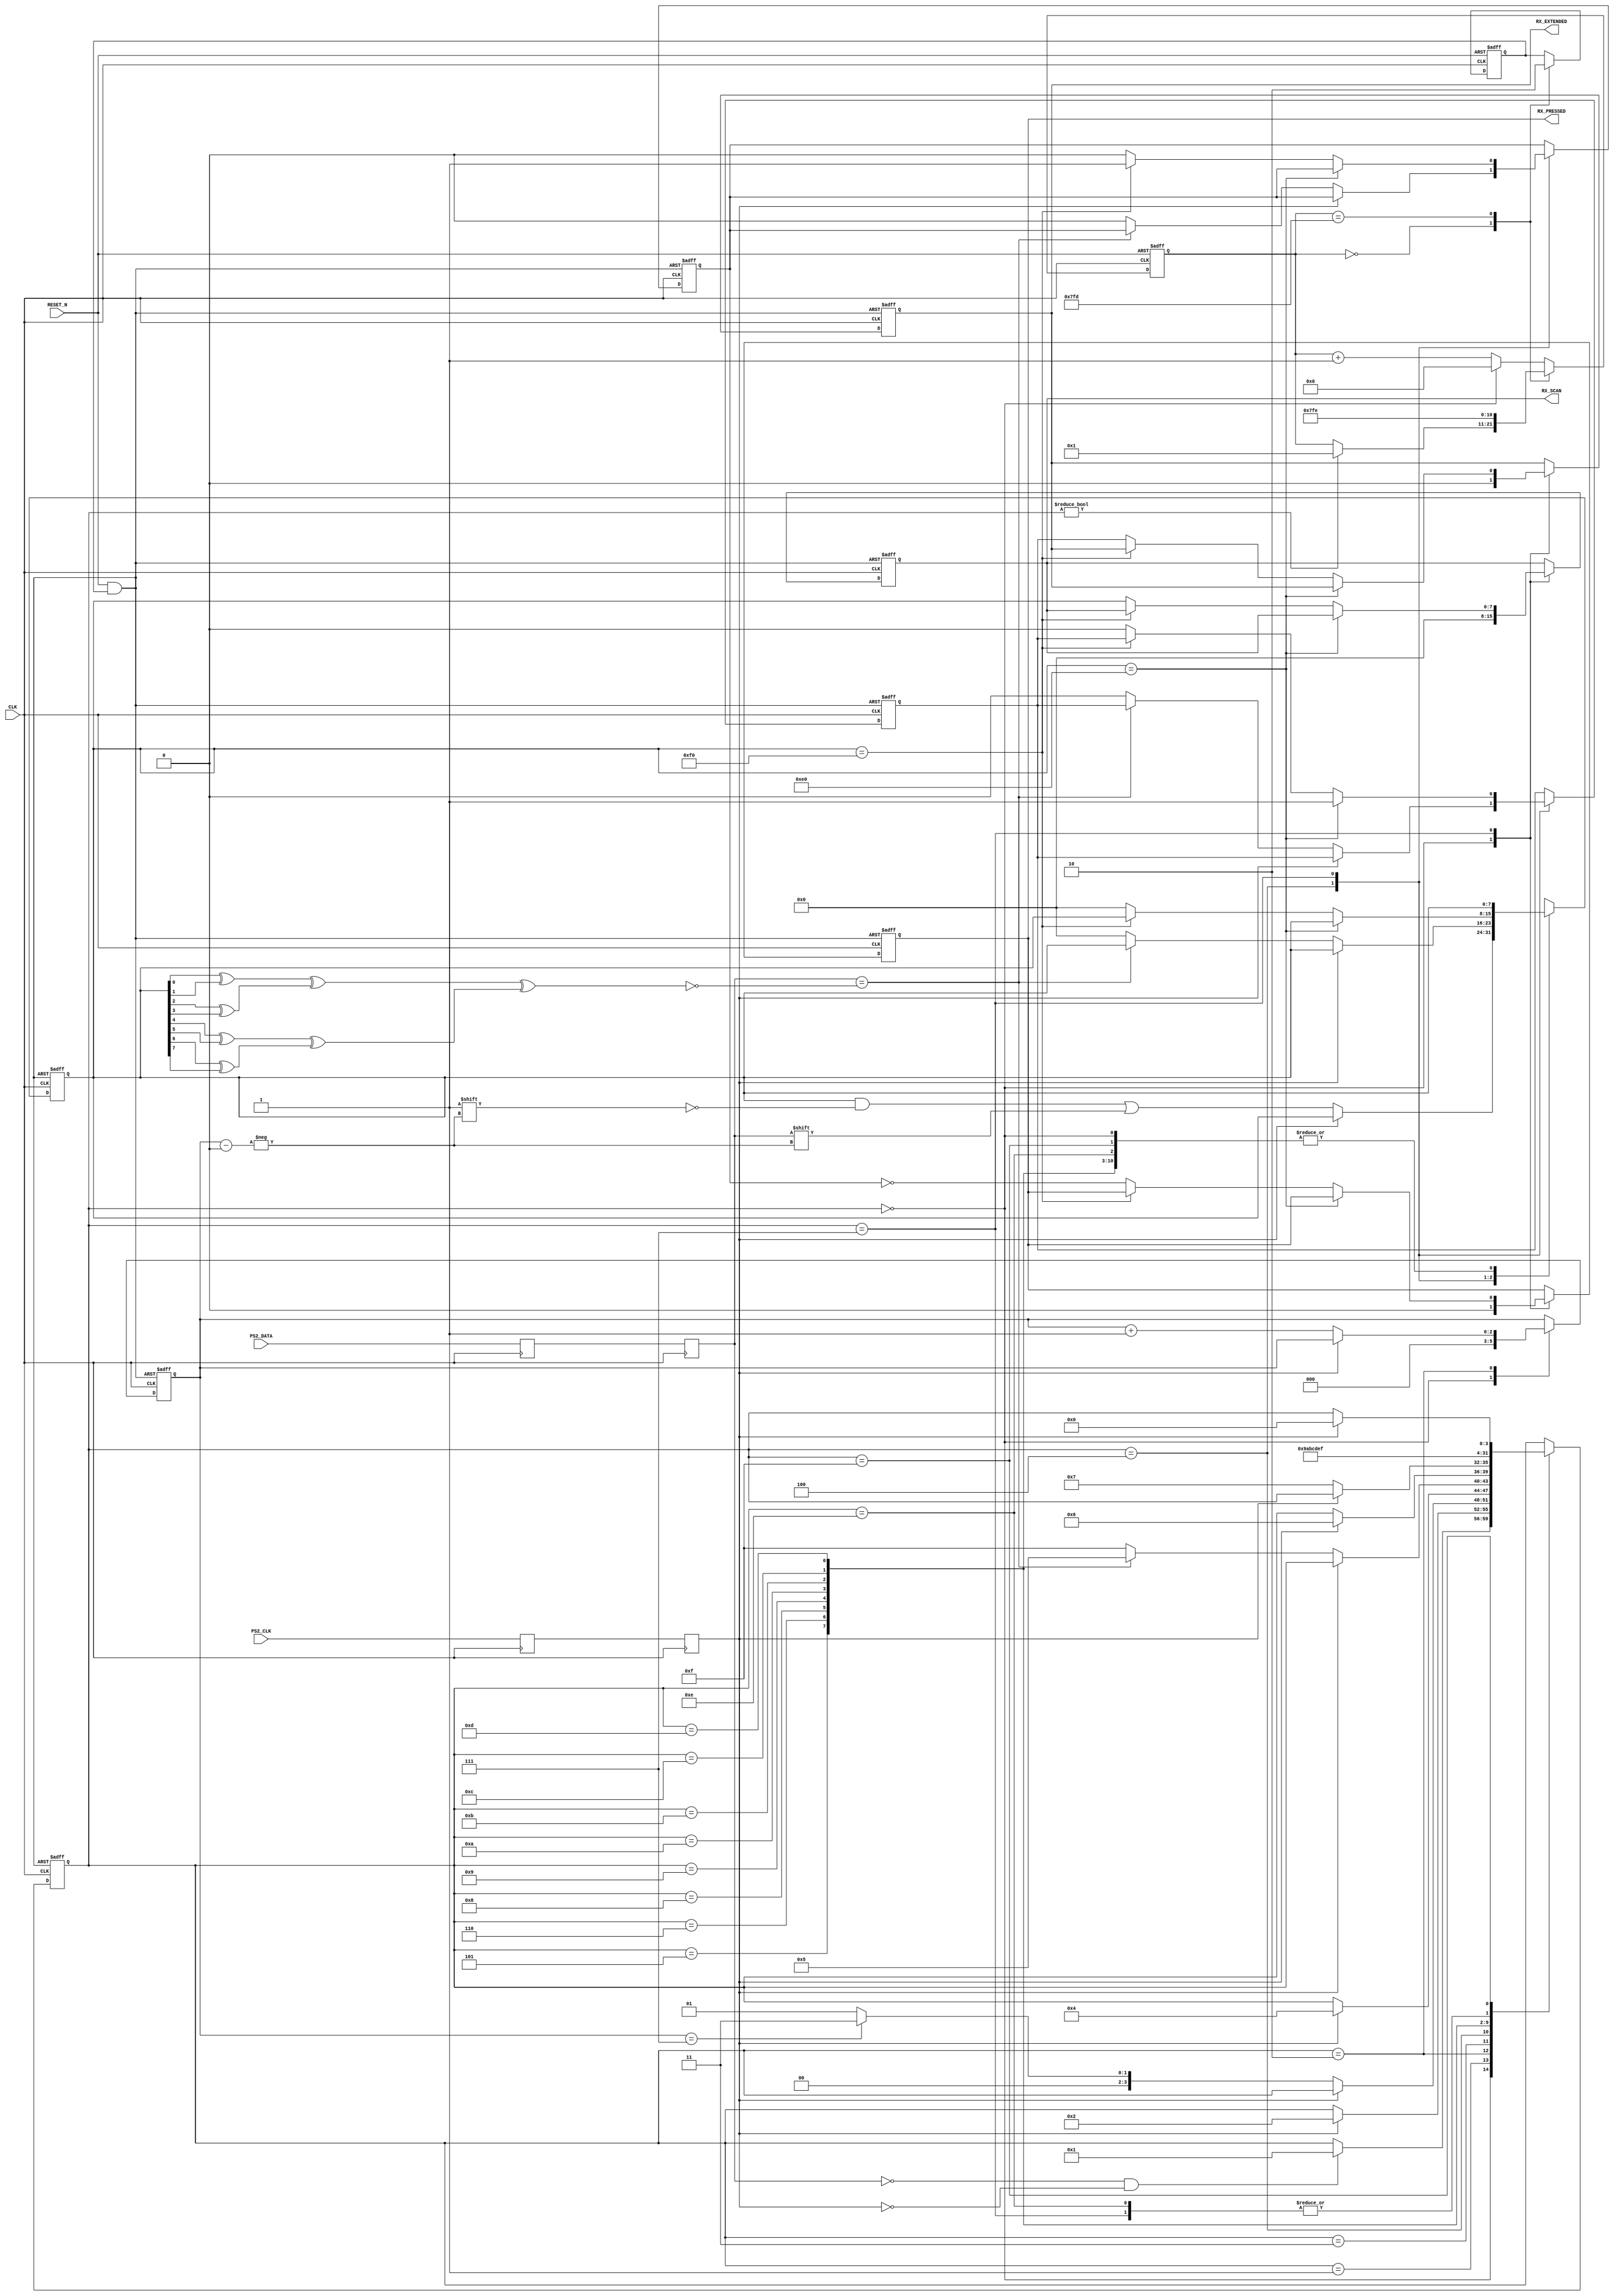
////////////////////////////////////////////////////////////////////////////////
// Project Name:	CoCo3FPGA Version 3.0
//
// CoCo3 in an FPGA
//
// Revision: 3.0 08/15/15
////////////////////////////////////////////////////////////////////////////////
//
// CPU section copyrighted by John Kent
// The FDC co-processor copyrighted Daniel Wallner.
//
////////////////////////////////////////////////////////////////////////////////
//
// Color Computer 3 compatible system on a chip
//
// Version : 3.0
//
// Copyright (c) 2008 Gary Becker (gary_l_becker@yahoo.com)
//
// All rights reserved
//
// Redistribution and use in source and synthezised forms, with or without
// modification, are permitted provided that the following conditions are met:
//
// Redistributions of source code must retain the above copyright notice,
// this list of conditions and the following disclaimer.
//
// Redistributions in synthesized form must reproduce the above copyright
// notice, this list of conditions and the following disclaimer in the
// documentation and/or other materials provided with the distribution.
//
// Neither the name of the author nor the names of other contributors may
// be used to endorse or promote products derived from this software without
// specific prior written permission.
//
// THIS SOFTWARE IS PROVIDED BY THE COPYRIGHT HOLDERS AND CONTRIBUTORS "AS IS"
// AND ANY EXPRESS OR IMPLIED WARRANTIES, INCLUDING, BUT NOT LIMITED TO,
// THE IMPLIED WARRANTIES OF MERCHANTABILITY AND FITNESS FOR A PARTICULAR
// PURPOSE ARE DISCLAIMED. IN NO EVENT SHALL THE AUTHOR OR CONTRIBUTORS BE
// LIABLE FOR ANY DIRECT, INDIRECT, INCIDENTAL, SPECIAL, EXEMPLARY, OR
// CONSEQUENTIAL DAMAGES (INCLUDING, BUT NOT LIMITED TO, PROCUREMENT OF
// SUBSTITUTE GOODS OR SERVICES; LOSS OF USE, DATA, OR PROFITS; OR BUSINESS
// INTERRUPTION) HOWEVER CAUSED AND ON ANY THEORY OF LIABILITY, WHETHER IN
// CONTRACT, STRICT LIABILITY, OR TORT (INCLUDING NEGLIGENCE OR OTHERWISE)
// ARISING IN ANY WAY OUT OF THE USE OF THIS SOFTWARE, EVEN IF ADVISED OF THE
// POSSIBILITY OF SUCH DAMAGE.
//
// Please report bugs to the author, but before you do so, please
// make sure that this is not a derivative work and that
// you have the latest version of this file.
//
// The latest version of this file can be found at:
//      http://groups.yahoo.com/group/CoCo3FPGA
//
// File history :
//
//  1.0		Full Release
//  2.0		Partial Release
//  3.0		Full Release
////////////////////////////////////////////////////////////////////////////////
// Gary Becker
// gary_L_becker@yahoo.com
////////////////////////////////////////////////////////////////////////////////

module ps2_keyboard (
CLK,
RESET_N,
PS2_CLK,
PS2_DATA,
RX_PRESSED,
RX_EXTENDED,
RX_SCAN
);

input					CLK;
input					RESET_N;
input					PS2_CLK;
input					PS2_DATA;
output				RX_PRESSED;
reg					RX_PRESSED;
output				RX_EXTENDED;
reg					RX_EXTENDED;
output	[7:0]		RX_SCAN;
reg		[7:0]		RX_SCAN;

reg					KB_CLK;
reg					KB_DATA;
reg					KB_CLK_B;
reg					KB_DATA_B;
reg					PRESSED_N;
reg					EXTENDED;
reg		[2:0]		BIT;
reg		[3:0]		STATE;
reg		[7:0]		SCAN;
wire					PARITY;
reg		[10:0]	TIMER;
reg					KILLER;
wire					RESET_X;



// Double buffer
always @ (posedge CLK)
begin
	KB_CLK_B		<=	PS2_CLK;
	KB_DATA_B	<= PS2_DATA;
	KB_CLK		<= KB_CLK_B;
	KB_DATA		<= KB_DATA_B;
end
assign PARITY =	~(((SCAN[0]^SCAN[1])
						  ^(SCAN[2]^SCAN[3]))
						 ^((SCAN[4]^SCAN[5])
						  ^(SCAN[6]^SCAN[7])));

assign RESET_X = RESET_N & KILLER;
always @ (negedge CLK or negedge RESET_N)
	if(!RESET_N)
	begin
		KILLER <= 1'b1;
		TIMER <= 11'h000;
	end
	else
		case(TIMER)
		11'h000:
		begin
			KILLER <= 1'b1;
			if(STATE != 4'h0)
				TIMER <= 11'h001;
		end
		11'h7FD:
		begin
			KILLER <= 1'b0;
			TIMER <= 11'h7FE;
		end
		default:
			if(STATE == 4'h0)
				TIMER <= 11'h000;
			else
				TIMER <= TIMER + 1'b1;
		endcase

always @ (posedge CLK or negedge RESET_X)
begin
	if(!RESET_X)
	begin
		STATE				<= 4'h0;
		SCAN				<= 8'h00;
		BIT				<= 3'b000;
		RX_SCAN			<=	8'h00;
		RX_PRESSED		<= 1'b0;
		RX_EXTENDED		<= 1'b0;
		PRESSED_N		<= 1'b0;
		EXTENDED			<= 1'b0;
	end
	else
	begin
		
		case (STATE)
		4'h0:						// Hunt for start bit
		begin
			BIT				<= 3'b000;
			RX_SCAN			<= 8'h00;
			RX_PRESSED		<= 1'b0;
			RX_EXTENDED		<= 1'b0;
			if(~KB_DATA & ~KB_CLK)				//look for start bit
					STATE			<= 4'h1;
		end
		4'h1:						// next bit
		begin
			if(KB_CLK)
				STATE				<= 4'h2;
		end
		4'h2:						// Hunt for Bit
		begin
			if(~KB_CLK)
			begin
				SCAN[BIT]		<= KB_DATA;
				BIT				<= BIT + 1'b1;
				if(BIT == 3'b111)
					STATE				<= 4'h3;
				else
					STATE				<= 4'h1;
			end
		end
		4'h3:						// Hunt for Bit
		begin
			if(KB_CLK)
				STATE	<= 4'h4;
		end
		4'h4:						// Test parity
		begin
			if(~KB_CLK)
			begin
				if(KB_DATA == PARITY)
					STATE				<= 4'h5;
				else
				begin
					PRESSED_N	<= 1'b0;
					EXTENDED		<= 1'b0;
					SCAN			<= 8'h00;
					STATE			<= 4'hF;
				end
			end
		end
		4'h5:						// Look for Stop bit
		begin
			if(KB_CLK)
				STATE	<= 4'h6;
		end
		4'h6:						// Stop bit
		begin
			if(~KB_CLK)
				STATE	<= 4'h7;
		end
		4'h7:
		begin
			if(SCAN ==8'hE0)
			begin
				EXTENDED <= 1'b1;
				STATE		<= 4'hF;
			end
			else
				if(SCAN == 8'hF0)
				begin
					PRESSED_N	<= 1'b1;
					STATE			<= 4'hF;
				end
				else
				begin
					RX_SCAN		<= SCAN;
					RX_PRESSED	<= ~PRESSED_N;
					RX_EXTENDED	<= EXTENDED;
					PRESSED_N	<= 1'b0;
					EXTENDED		<= 1'b0;
					SCAN			<= 8'h00;
					STATE			<= 4'hF;
				end
			end
		4'h8:
		begin
			STATE				<= 4'h9;
		end
		4'h9:
		begin
			STATE				<= 4'hA;
		end
		4'hA:
		begin
			STATE				<= 4'hB;
		end
		4'hB:
		begin
			STATE				<= 4'hC;
		end
		4'hC:
		begin
			STATE				<= 4'hD;
		end
		4'hD:
		begin
			STATE				<= 4'hE;
		end
		4'hE:
		begin
			STATE				<= 4'hF;
		end
		4'hF:
		begin
			if(KB_CLK)
				STATE			<= 4'h0;
		end
		endcase
	end
end

endmodule